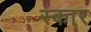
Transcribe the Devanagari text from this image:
स्‍कार